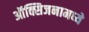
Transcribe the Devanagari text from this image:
ऑक्सिजनामध्ये